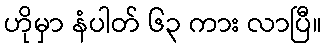
ဟိုမှာ နံပါတ် ၆၃ ကား လာပြီ။